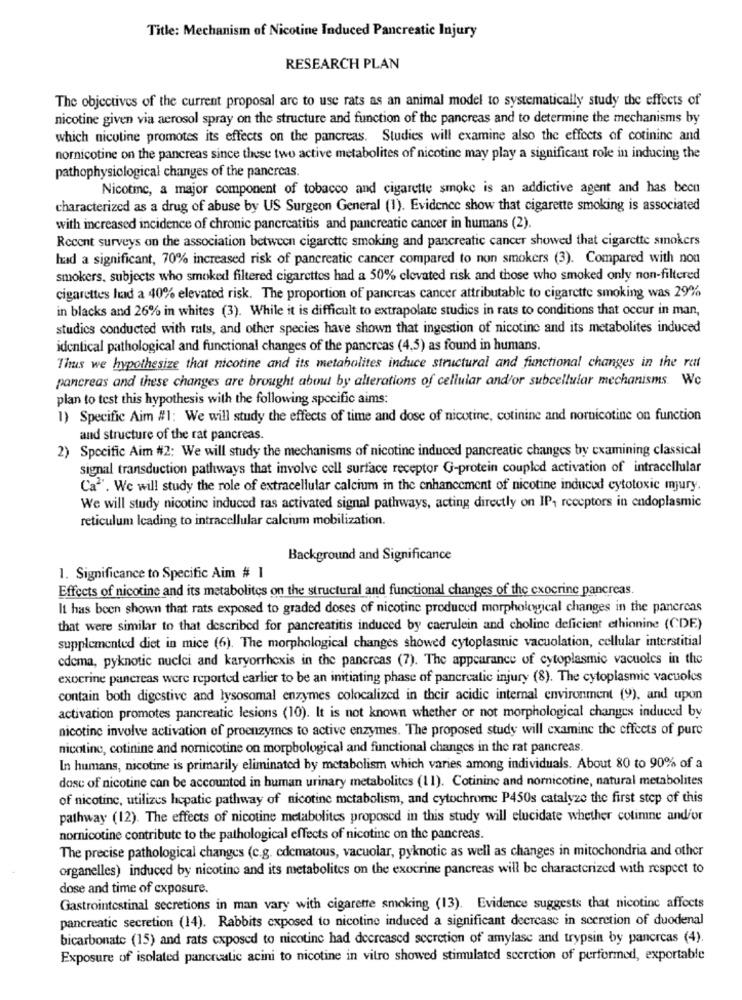
Title: Mechanism of Nicotine Induced Pancreatic Injury
RESEARCH PLAN
The objectives of the current proposal arc to use rats as an animal model to systematically study the effects of
nicotine given via aerosol spray on the structure and function of the pancreas and to determine the mechanisms by
which nicotine promotes its effects on the pancreas. Studies will examine also the effects of cotininc and
nornicotine on the pancreas since these two active metabolites of nicotine may play a significant role in inducing the
pathophysiological changes of the pancreas.
Nicotine, a major component of tobacco and cigarette smoke is an addictive agent and has becu
characterized as a drug of abuse by US Surgeon General (1). Evidence show that cigarette smoking is associated
with increased incidence of chronic pancreatitis and pancreatic cancer in humans (2).
Recent surveys on the association between cigarette smoking and pancreatic cancer showed that cigarette smokers
had a significant, 70% increased risk of pancreatic cancer compared to non smokers (3). Compared with nou
smokers, subjects who smoked filtered cigarettes had a 50% elevated risk and those who smoked only non-filtered
cigarettes had a 40% elevated risk. The proportion of pancreas cancer attributable to cigarette smoking was 29%
in blacks and 26% in whites (3). While it is difficult to extrapolate studies in rats to conditions that occur in man,
studics conducted with rats, and other species have shown that ingestion of nicotine and its metabolites induced
identical pathological and functional changes of the pancreas (4.5) as found in humans.
Thus we hypothesize that nicotine and its metabolites induce structural and functional changes in the rat
pancreas and these changes are brought about by alterations of cellular and/or subcellular mechanisms. We
plan to test this hypothesis with the following specific aims:
1) Specific Aim #1: We will study the effects of time and dose of nicotine, cotinine and nornicotine on function
and structure of the rat pancreas.
2) Specific Aim #2: We will study the mechanisms of nicotine induced pancreatic changes by examining classical
signal transduction pathways that involve cell surface receptor G-protein coupled activation of intracellular
Ca". We will study the role of extracellular calcium in the enhancement of nicotine induced cytotoxic mjury.
We will study nicotine induced ras activated signal pathways, acting directly on IP, receptors in endoplasmic
reticulum Icading to intracellular calcium mobilization.
Background and Significance
1. Significance to Specific Aim # 1
Effects of nicotine and its metabolites on the structural and functional changes of the cxocrinc pancreas.
It has been shown that rats exposed to graded doses of nicotine produced morphological changes in the pancreas
that were similar to that described for pancreatitis induced by caerulein and choline deficient ethionine (CDE)
supplemented diet in mice (6). The morphological changes showed cytoplasmic vacuolation, cellular interstitial
edema, pyknotic nuclci and karyorrhexis in the pancreas (7). The appearance of cytoplasmic vacuoles in the
exocrine pancreas were reported earlier to be an initiating phase of pancreatic injury (8). The cytoplasmic vacuoles
contain both digestive and lysosomal enzymes colocalized in their acidic internal environment (9), and upon
activation promotes pancreatic lesions (10). It is not known whether or not morphological changes induced by
nicotine involve activation of proenzymes to active enzymes. The proposed study will examine the effects of pure
nicotine, cotinine and nornicotine on morphological and functional changes in the rat pancreas.
In humans, nicotine is primarily eliminated by metabolism which varies among individuals. About 80 to 90% of a
dose of nicotine can be accounted in human urinary metabolites (11). Cotinine and nornicotine, natural metabolites
of nicotine, utilizes hepatic pathway of nicotine metabolism, and cytochrome P450s catalyze the first step of this
pathway (12). The effects of nicotine metabolites proposed in this study will elucidate whether cotimne and/or
nomnicotine contribute to the pathological effects of nicotine on the pancreas.
The precise pathological changes (c.g. cdcmatous, vacuolar, pyknotic as well as changes in mitochondria and other
organelles) induced by nicotine and its metabolites on the exocrine pancreas will be characterized with respect to
dose and time of exposure.
Gastrointestinal secretions in man vary with cigarette smoking (13). Evidence suggests that nicotine affects
pancreatic secretion (14). Rabbits exposed to nicotine induced a significant decrease in secretion of duodenal
bicarbonate (15) and rats exposed to nicotine had decreased secretion of amylase and trypsin by pancreas (4).
Exposure of isolated pancreatic acini to nicotine in vitro showed stimulated scerction of performed, exportable